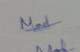
Signature authenticity: genuine